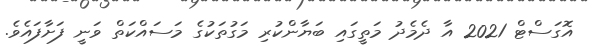
އޮގަސްޓް 2021 އާ ދެމެދު މަތީގައި ބަޔާންކުރި މަގުތަކުގެ މަސައްކަތް ވަނީ ފަށާފައެވެ.